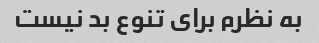
به نظرم برای تنوع بد نیست